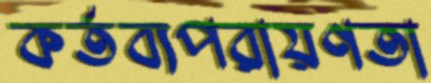
কর্তব্যপরায়ণতা